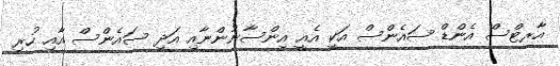
އާރޓްސް އެންޑް ސައެންސް އަކީ އެއީ އިންސާނުންނާއި އަދި ސައެންސް އާއި ހުރި